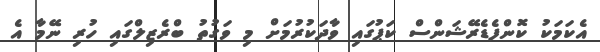
އެކަމަކު ކޮންފެޑެރޭޝަންސް ކަޕުގައި ވާދަކުރުމަށް މި ވަގުތު ބްރެޒިލްގައި ހުރި ނޭމާ އެ